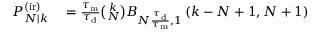
\begin{array} { r l } { P _ { N | k } ^ { \mathrm { ( i r ) } } } & { { } = \frac { \tau _ { \mathrm { m } } } { \tau _ { \mathrm { d } } } \binom { k } { N } B _ { N \frac { \tau _ { \mathrm { d } } } { \tau _ { \mathrm { m } } } , 1 } \left( k - N + 1 , N + 1 \right) } \end{array}